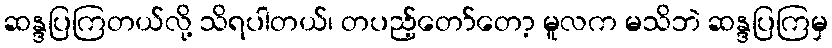
ဆန္ဒပြကြတယ်လို့ သိရပါတယ်၊ တပည့်တော်တော့ မူလက မသိဘဲ ဆန္ဒပြကြမှ